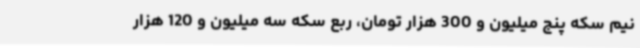
نیم سکه پنج میلیون و 300 هزار تومان، ربع سکه سه میلیون و 120 هزار